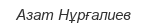
Азат Нұрғалиев